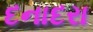
દનાદરા